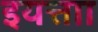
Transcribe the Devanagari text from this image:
इयत्ताा